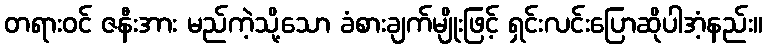
တရားဝင် ဇနီးအား မည်ကဲ့သို့သော ခံစားချက်မျိုးဖြင့် ရှင်းလင်းပြောဆိုပါအံ့နည်း။